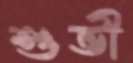
শুভী